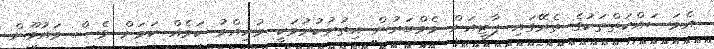
އެމަސައްކަތްތަކުގެ ތެރޭގައި ޕާޓީއަށް މެމްބަރުން އިތުރުކުރުމަކީ މުހިއްމު ކަމެއް ކަމަށް ވެސް މައުމޫން